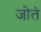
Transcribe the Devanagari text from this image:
जोतं